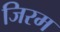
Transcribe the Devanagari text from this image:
जिरम